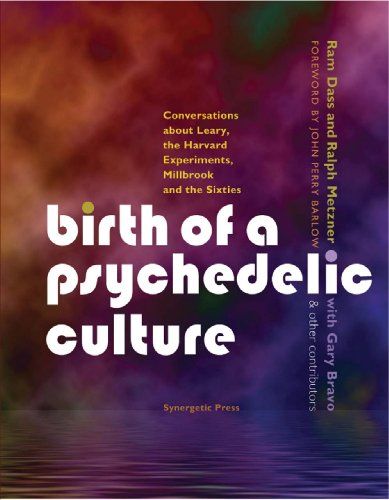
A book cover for Birth of a Psychedelic Culture: Conversations about Leary, the Harvard Experiments, Millbrook and the Sixties; Ram Dass; Medical Books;